Indian journal of veterinary science and animal husbandry - Volume 9,
Year: 1939
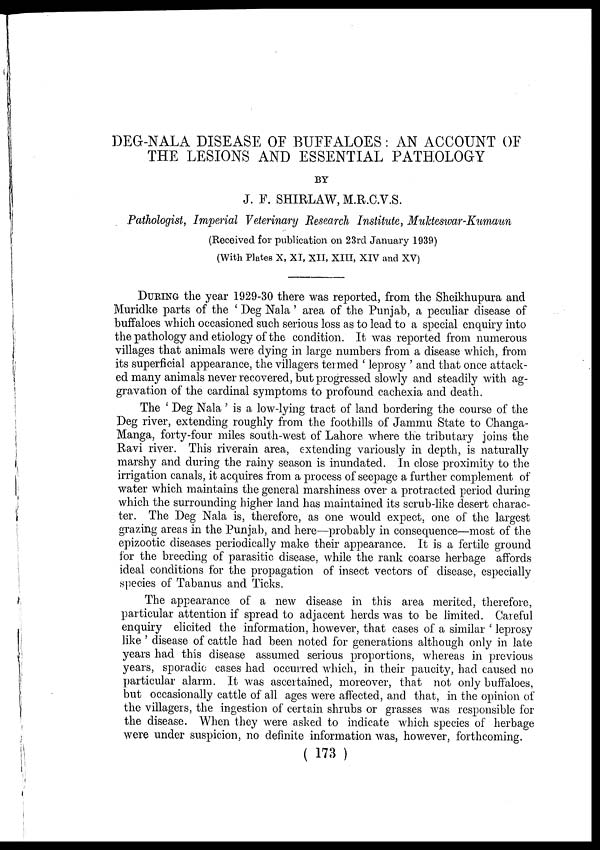
DEG-NALA DISEASE OF BUFFALOES : AN ACCOUNT OF
THE LESIONS AND ESSENTIAL PATHOLOGY
BY
J. F. SHIRLAW, M.R.C.V.S.
Pathologist, Imperial Veterinary Research Institute, Mukteswar-Kumaun
(Received for publication on 23rd January 1939)
(With Plates X, XI, XII, XIII, XIV and XV)
DURING the year 1929-30 there was reported, from the Sheikhupura and
Muridke parts of the ' Deg Nala' area of the Punjab, a peculiar disease of
buffaloes which occasioned such serious loss as to lead to a special enquiry into
the pathology and etiology of the condition. It was reported from numerous
villages that animals were dying in large numbers from a disease which, from
its superficial appearance, the villagers termed ' leprosy ' and that once attack-
ed many animals never recovered, but progressed slowly and steadily with ag-
gravation of the cardinal symptoms to profound cachexia and death.
The ' Deg Nala ' is a low-lying tract of land bordering the course of the
Deg river, extending roughly from the foothills of Jammu State to Changa¬
Manga, forty-four miles south-west of Lahore where the tributary joins the
Ravi river. This riverain area, extending variously in depth, is naturally
marshy and during the rainy season is inundated. In close proximity to the
irrigation canals, it acquires from a process of seepage a further complement of
water which maintains the general marshiness over a protracted period during
which the surrounding higher land has maintained its scrub-like desert charac-
ter. The Deg Nala is, therefore, as one would expect, one of the largest
grazing areas in the Punjab, and here—probably in consequence—most of the
epizootic diseases periodically make their appearance. It is a fertile ground
for the breeding of parasitic disease, while the rank coarse herbage affords
ideal conditions for the propagation of insect vectors of disease, especially
species of Tabanus and Ticks.
The appearance of a new disease in this area merited, therefore,
particular attention if spread to adjacent herds was to be limited. Careful
enquiry elicited the information, however, that cases of a similar ' leprosy
like ' disease of cattle had been noted for generations although only in late
years had this disease assumed serious proportions, whereas in previous
years, sporadic cases had occurred which, in their paucity, had caused no
particular alarm. It was ascertained, moreover, that not only buffaloes,
but occasionally cattle of all ages were affected, and that, in the opinion of
the villagers, the ingestion of certain shrubs or grasses was responsible for
the disease. When they were asked to indicate which species of herbage
were under suspicion, no definite information was, however, forthcoming.
( 173 )